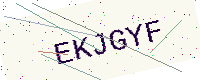
Text: EKJGYF